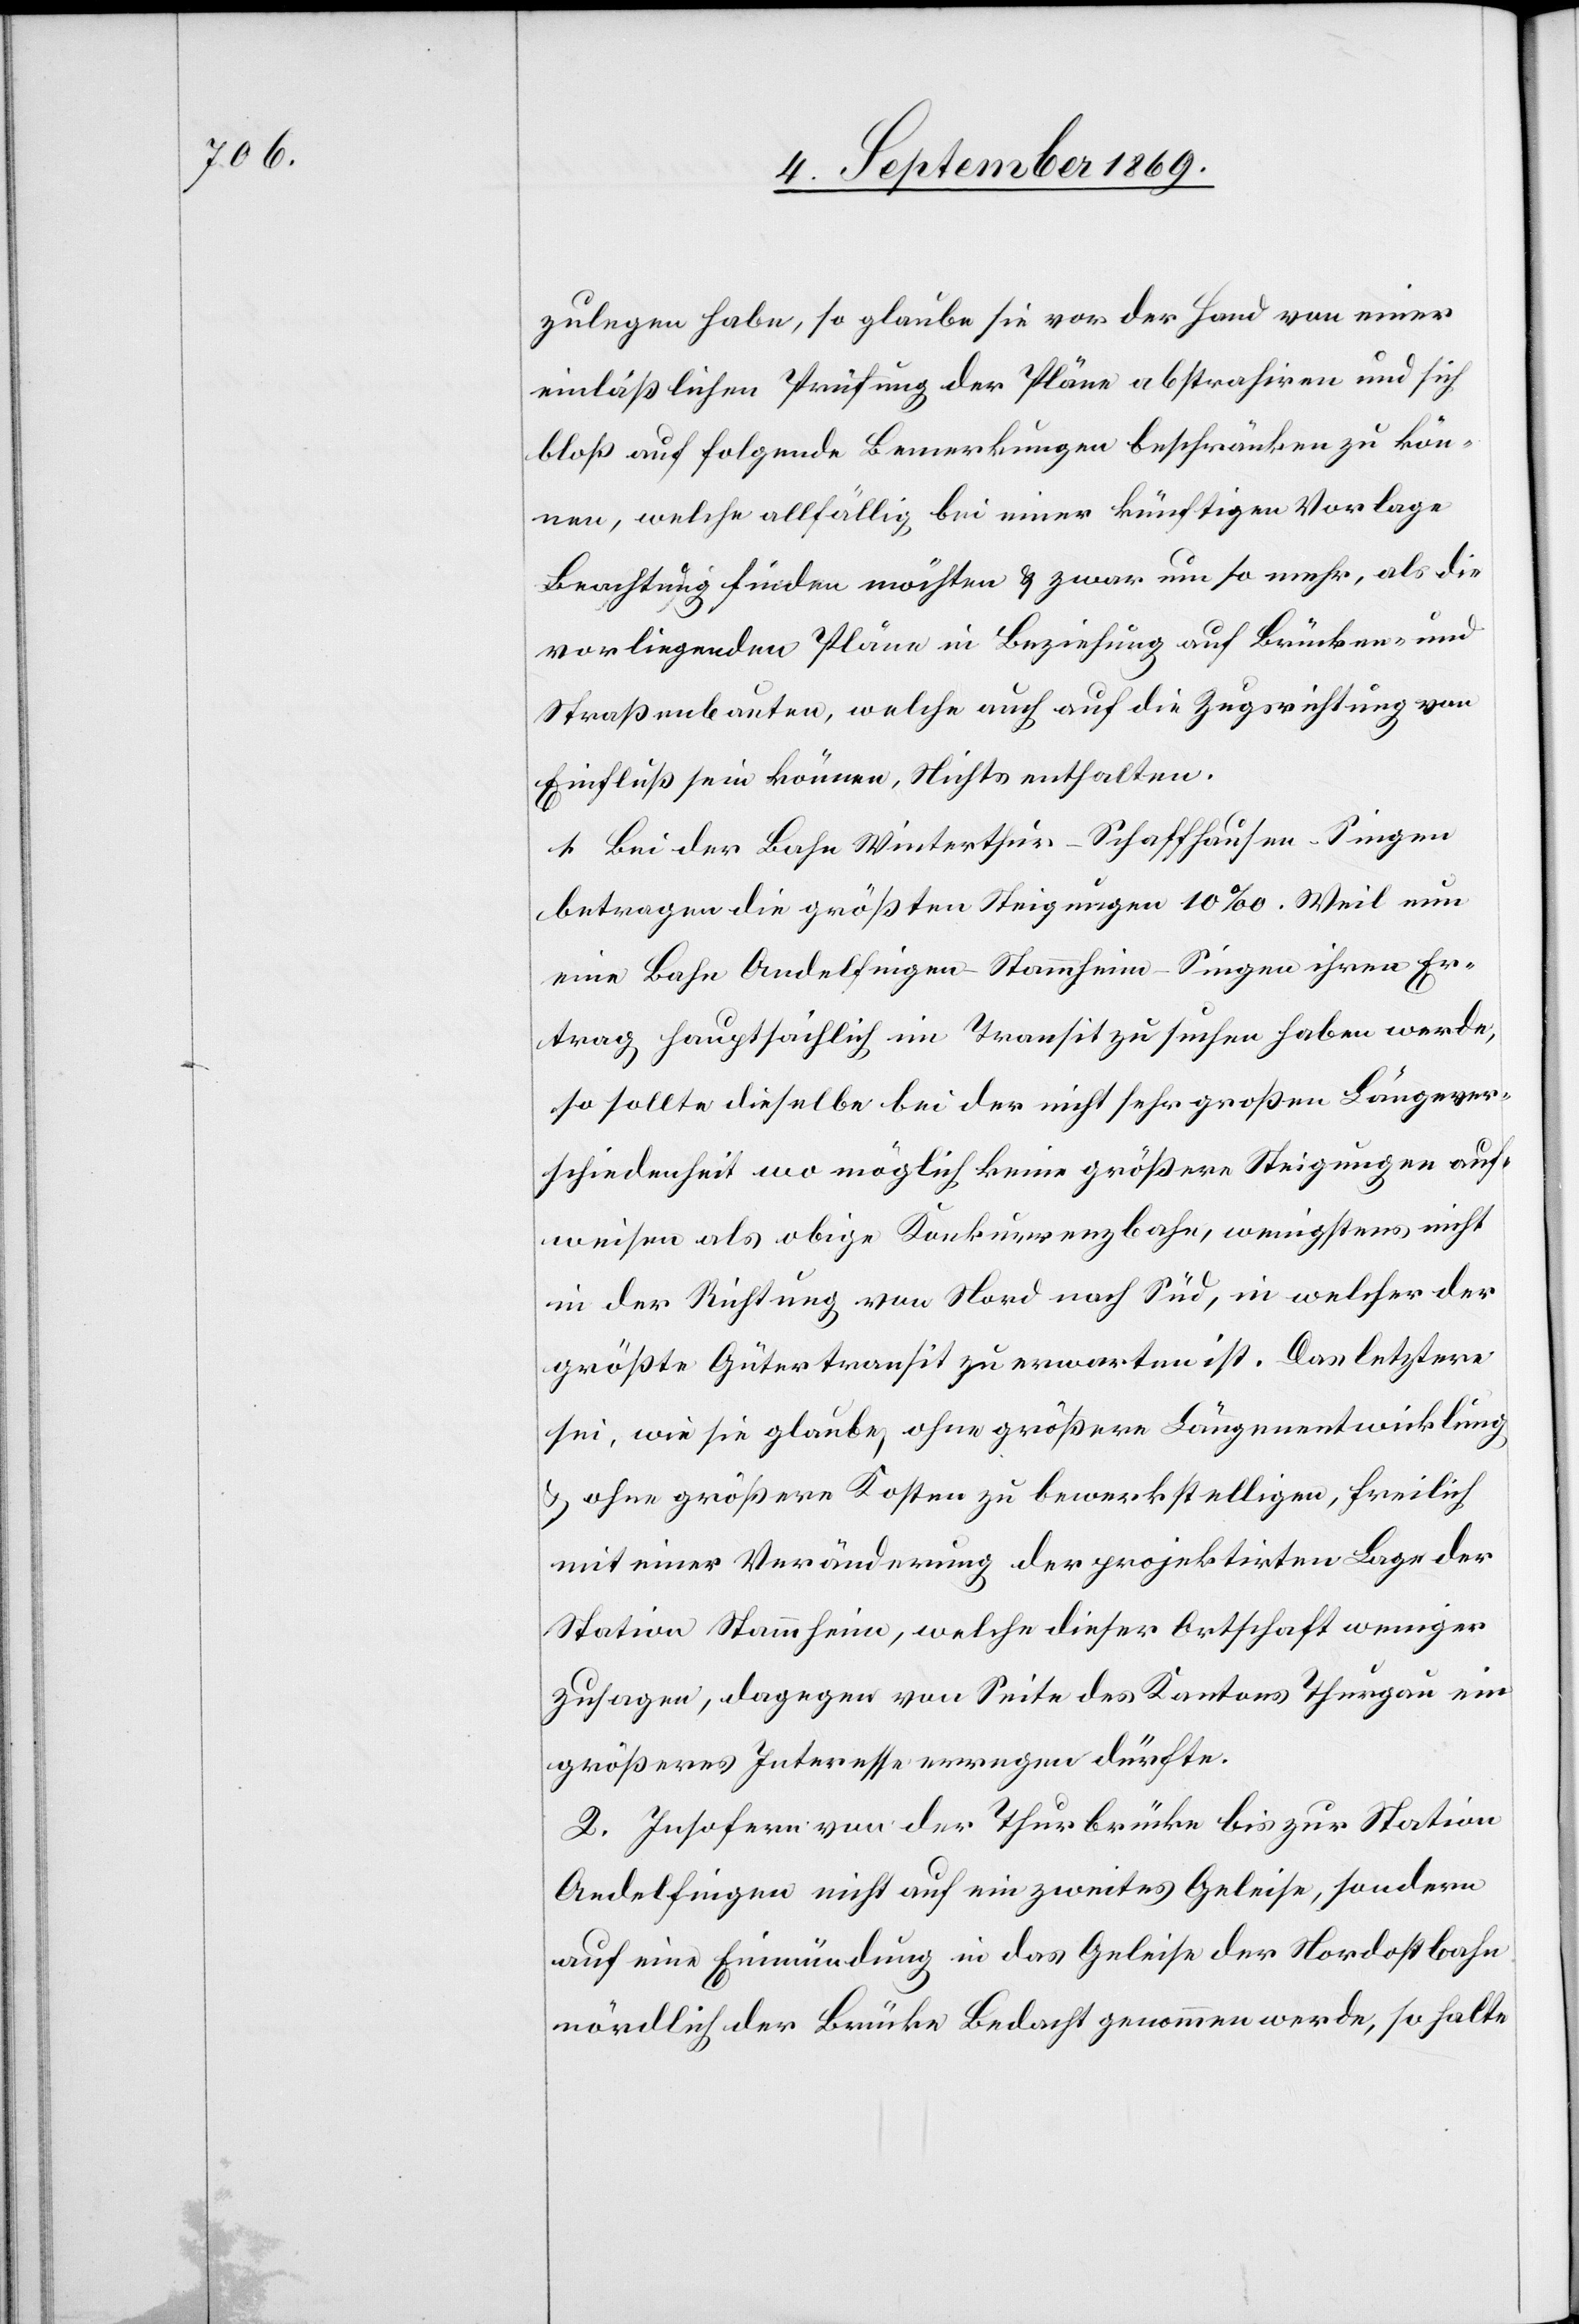
zulegen habe, so glaube sie vor der Hand von einer
einläßlichen Prüfung der Pläne abstrahiren und sich
bloß auf folgende Bemerkungen beschränken zu kön¬
nen, welche allfällig bei einer künftigen Vorlage
Beachtung finden möchten & zwar um so mehr, als die
vorliegenden Pläne in Beziehung auf Brücken- und
Straßenbauten, welche auch auf die Zugsrichtung von
Einfluß sein können, Nichts enthalten.
1. Bei der Bahn Winterthur–Schaffhausen–Singen
betragen die größten Steigungen 10‰. Weil nun
eine Bahn Andelfingen–Stammheim–Singen ihren Er¬
trag hauptsächlich im Transit zu suchen haben werde,
so sollte dieselbe bei der nicht sehr großen Länge[n]ver¬
schiedenheit wo möglich keine größern Steigungen auf¬
weisen als obige Konkurrenzbahn, wenigstens nicht
in der Richtung von Nord nach Süd, in welcher der
größte Gütertransit zu erwarten ist. Das letztere
sei, wie sie glaube, ohne größere Längenentwicklung
& ohne größere Kosten zu bewerkstelligen, freilich
mit einer Veränderung der projektirten Lage der
Station Stammheim, welche dieser Ortschaft weniger
zusagen, dagegen von Seite des Kantons Thurgau ein
größeres Interesse erregen dürfte.
2. Insofern von der Thurbrücke bis zur Station
Andelfingen nicht auf ein zweites Geleise, sondern
auf eine Einmündung in das Geleise der Nordostbahn
nördlich der Brücke Bedacht genommen werde, so halte